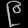
Digit: ၉